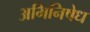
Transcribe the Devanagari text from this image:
अभिनिषेध